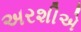
અરશીએ